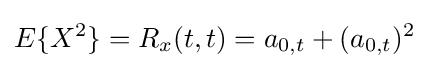
E\{X^{2}\}=R_{x}(t,t)=a_{0,t}+(a_{0,t})^{2}